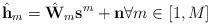
LaTeX: \begin{align*} \hat{\mathbf{h}}_m=\hat{\mathbf{W}}_m\mathbf{s}^m+\mathbf{n}\forall m\in[1,M]\end{align*}